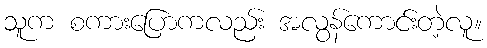
သူက စကားပြောကလည်း အလွန်ကောင်းတဲ့လူ။